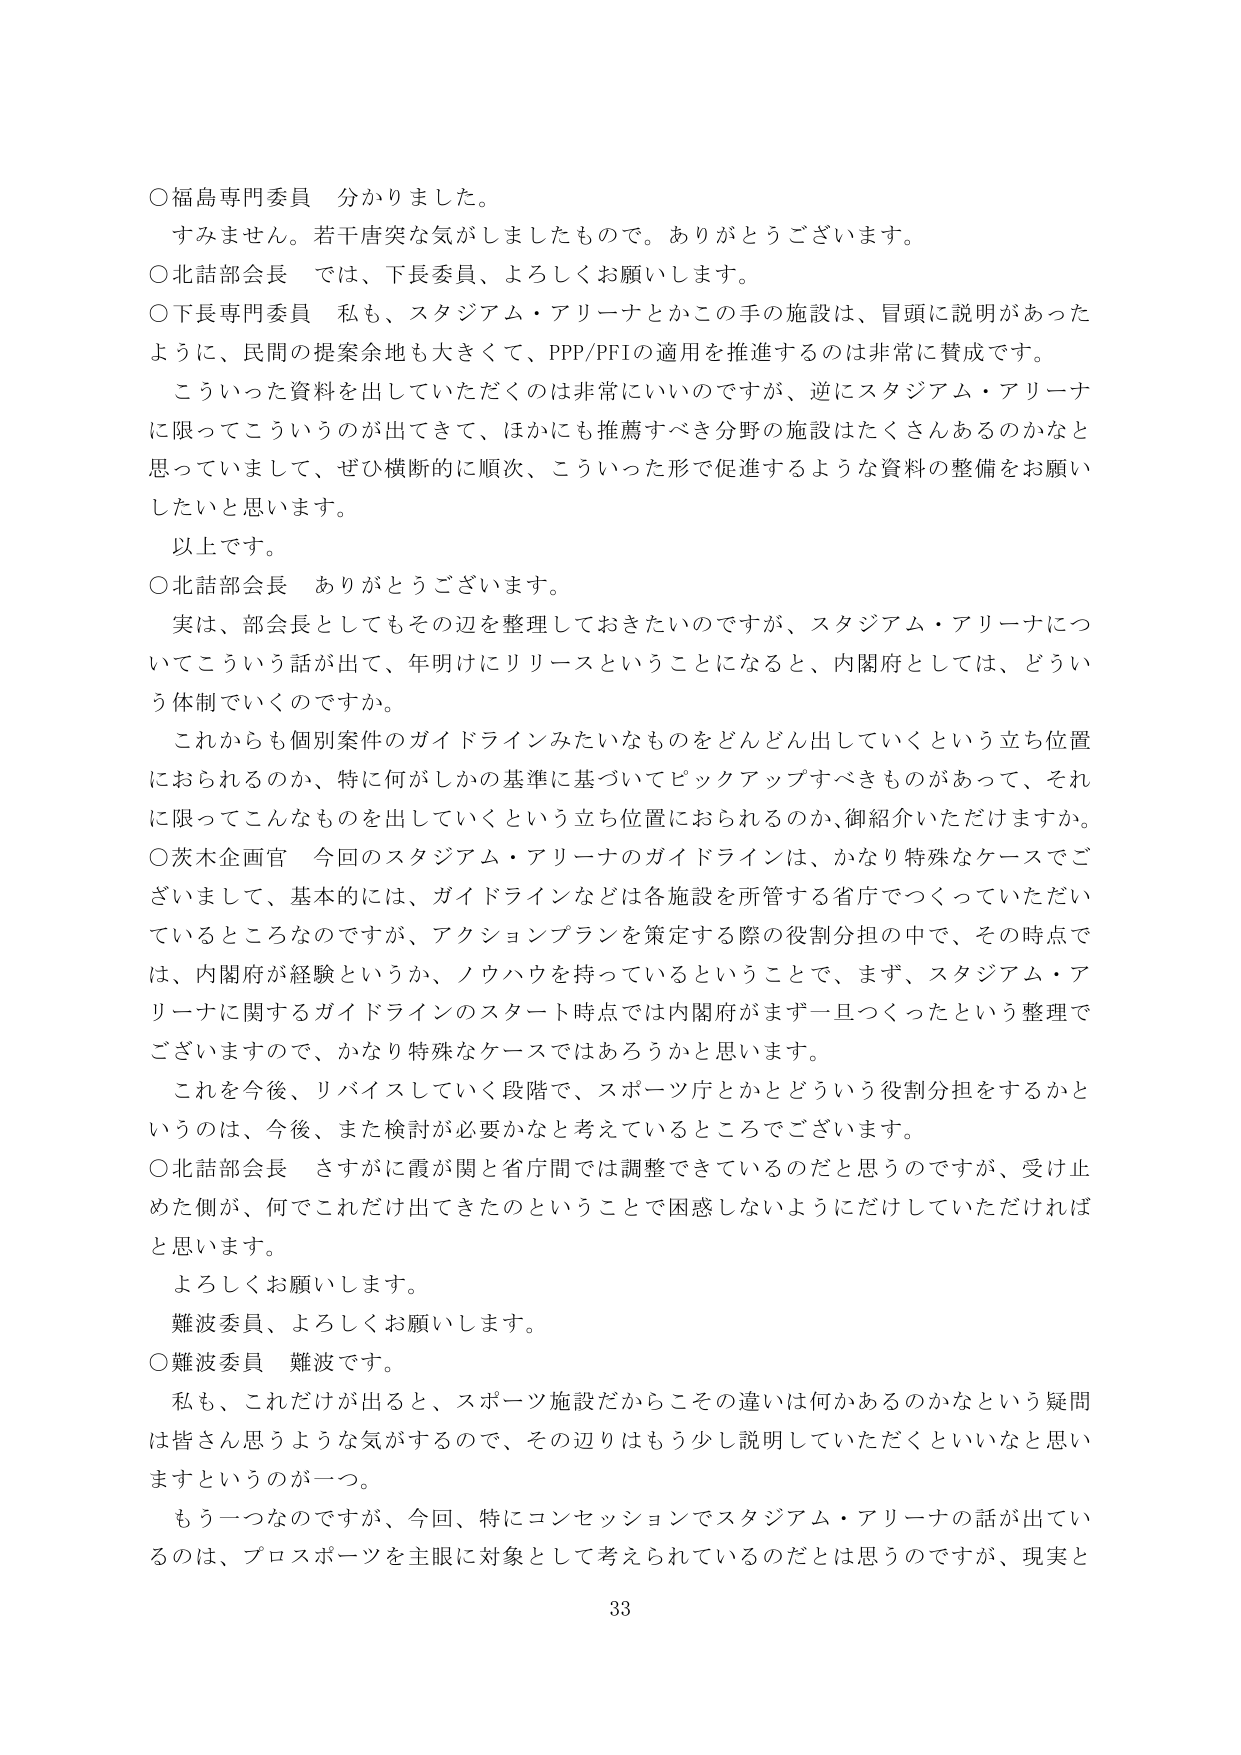
○福島専門委員　分かりました。
すみません。若干唐突な気がしましたもので。ありがとうございます。

○北舘部会長　では、下長委員、よろしくお願いします。

○下長専門委員　私も、スタジアム・アリーナとかこの手の施設は、冒頭に説明があったように、民間の提案余地も大きくて、PPP/PFIの適用を推進するのは非常に賛成です。
　こういった資料を出していただくのは非常にいいのですが、逆にスタジアム・アリーナに限ってこういうのが出てきて、ほかにも推薦すべき分野の施設はたくさんあるのかなと思っていまして、ぜひ横断的に順次、こういった形で促進するような資料の整備をお願いしたいと思います。
　以上です。

○北舘部会長　ありがとうございます。
　実は、部会長としてもその辺を整理しておきたいのですが、スタジアム・アリーナについてこういう話が出て、年明けにリリースということになると、内閣府としては、どういう体制でいくのですか。
　これからも個別案件のガイドラインみたいなものをどんどん出していくという立ち位置におられるのか、特に何がしかの基準に基づいてピックアップすべきものがあって、それに限ってこんなものを出していくという立ち位置におられるのか、御紹介いただけますか。

○茨木企画官　今回のスタジアム・アリーナのガイドラインは、かなり特殊なケースでございますし、基本的には、ガイドラインなどは各施設を所管する省庁でつくっていただいているところなのですが、アクションプランを策定する際の役割分担の中で、その時点では、内閣府が経験というか、ノウハウを持っているということで、まず、スタジアム・アリーナに関するガイドラインのスタート時点では内閣府がまず一旦つくったという整理でございますので、かなり特殊なケースではあろうかと思います。
　これを今後、リバイスしていく段階で、スポーツ庁とかとどういう役割分担をするかというのは、今後、また検討が必要かなと考えているところでございます。

○北舘部会長　さすがに霞が関と省庁間では調整できているのだと思うのですが、受け止めた側が、何でこれだけ出てきたのということで困惑しないようにだけしていただければと思います。
　よろしくお願いします。
　難波委員、よろしくお願いします。

○難波委員　難波です。
　私も、これだけが出ると、スポーツ施設だからその違いは何かあるのかなという疑問は皆さん思うような気がするので、その辺りはもう少し説明していただくといいなと思いますというのが一つ。
　もう一つなのですが、今回、特にコンセッションでスタジアム・アリーナの話が出てい るのは、プロスポーツを主眼に対象として考えられているのだとは思うのですが、現実と

33